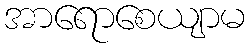
အာရောစေယျာမ